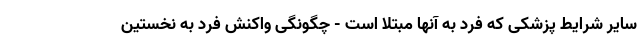
سایر شرایط پزشکی که فرد به آنها مبتلا است - چگونگی واکنش فرد به نخستین